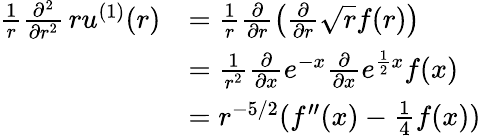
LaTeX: \begin{array}{rl}{\frac{1}{r}\frac{\partial^{2}}{\partial r^{2}}\, ru^{(1)}(r)}&{=\frac{1}{r}\frac{\partial}{\partial r}\left(\frac{\partial}{\partial r}\sqrt{r}f(r)\right)}\\ &{=\frac{1}{r^{2}}\frac{\partial}{\partial x}e^{-x}\frac{\partial}{\partial x}e^{\frac{1}{2}x}f(x)}\\ &{=r^{-5/2}(f^{\prime\prime}(x)-\frac{1}{4}f(x))}\end{array}